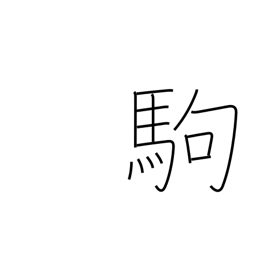
Meaning: pony